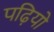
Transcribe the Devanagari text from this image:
पढ़ियो